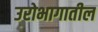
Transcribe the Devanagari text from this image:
उरोभागातील